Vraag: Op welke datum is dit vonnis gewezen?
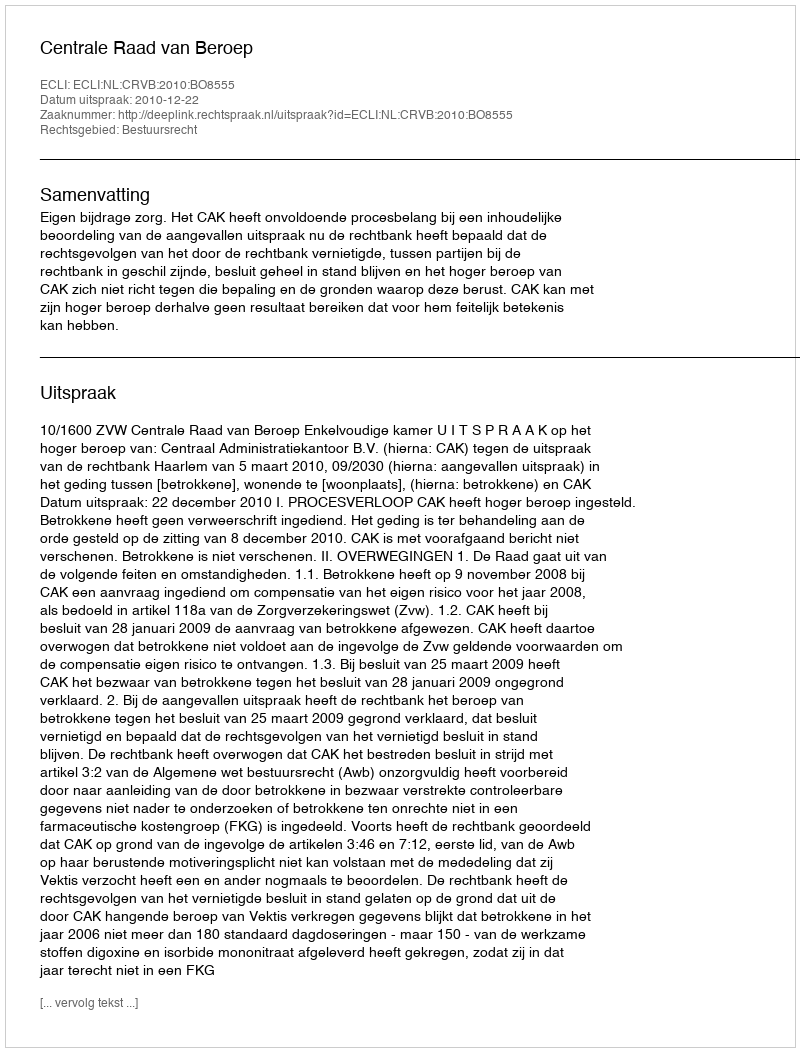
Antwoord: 2010-12-22